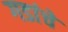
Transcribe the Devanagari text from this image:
गडांचे